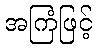
အကြံဖြင့်